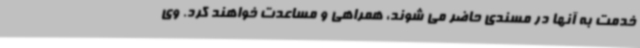
خدمت به آنها در مسندی حاضر می شوند، همراهی و مساعدت خواهند کرد. وی